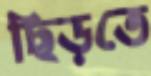
ছিড়তে